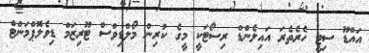
އައްޑޫ ސިޓީ ހެރެތެރަ އައިލެންޑް ރިސޯޓަކީ މީގެ ކުރިން މޯލްޑިވްސް ޓޫރިޒަމް ޑިވެލޮޕްމަންޓް